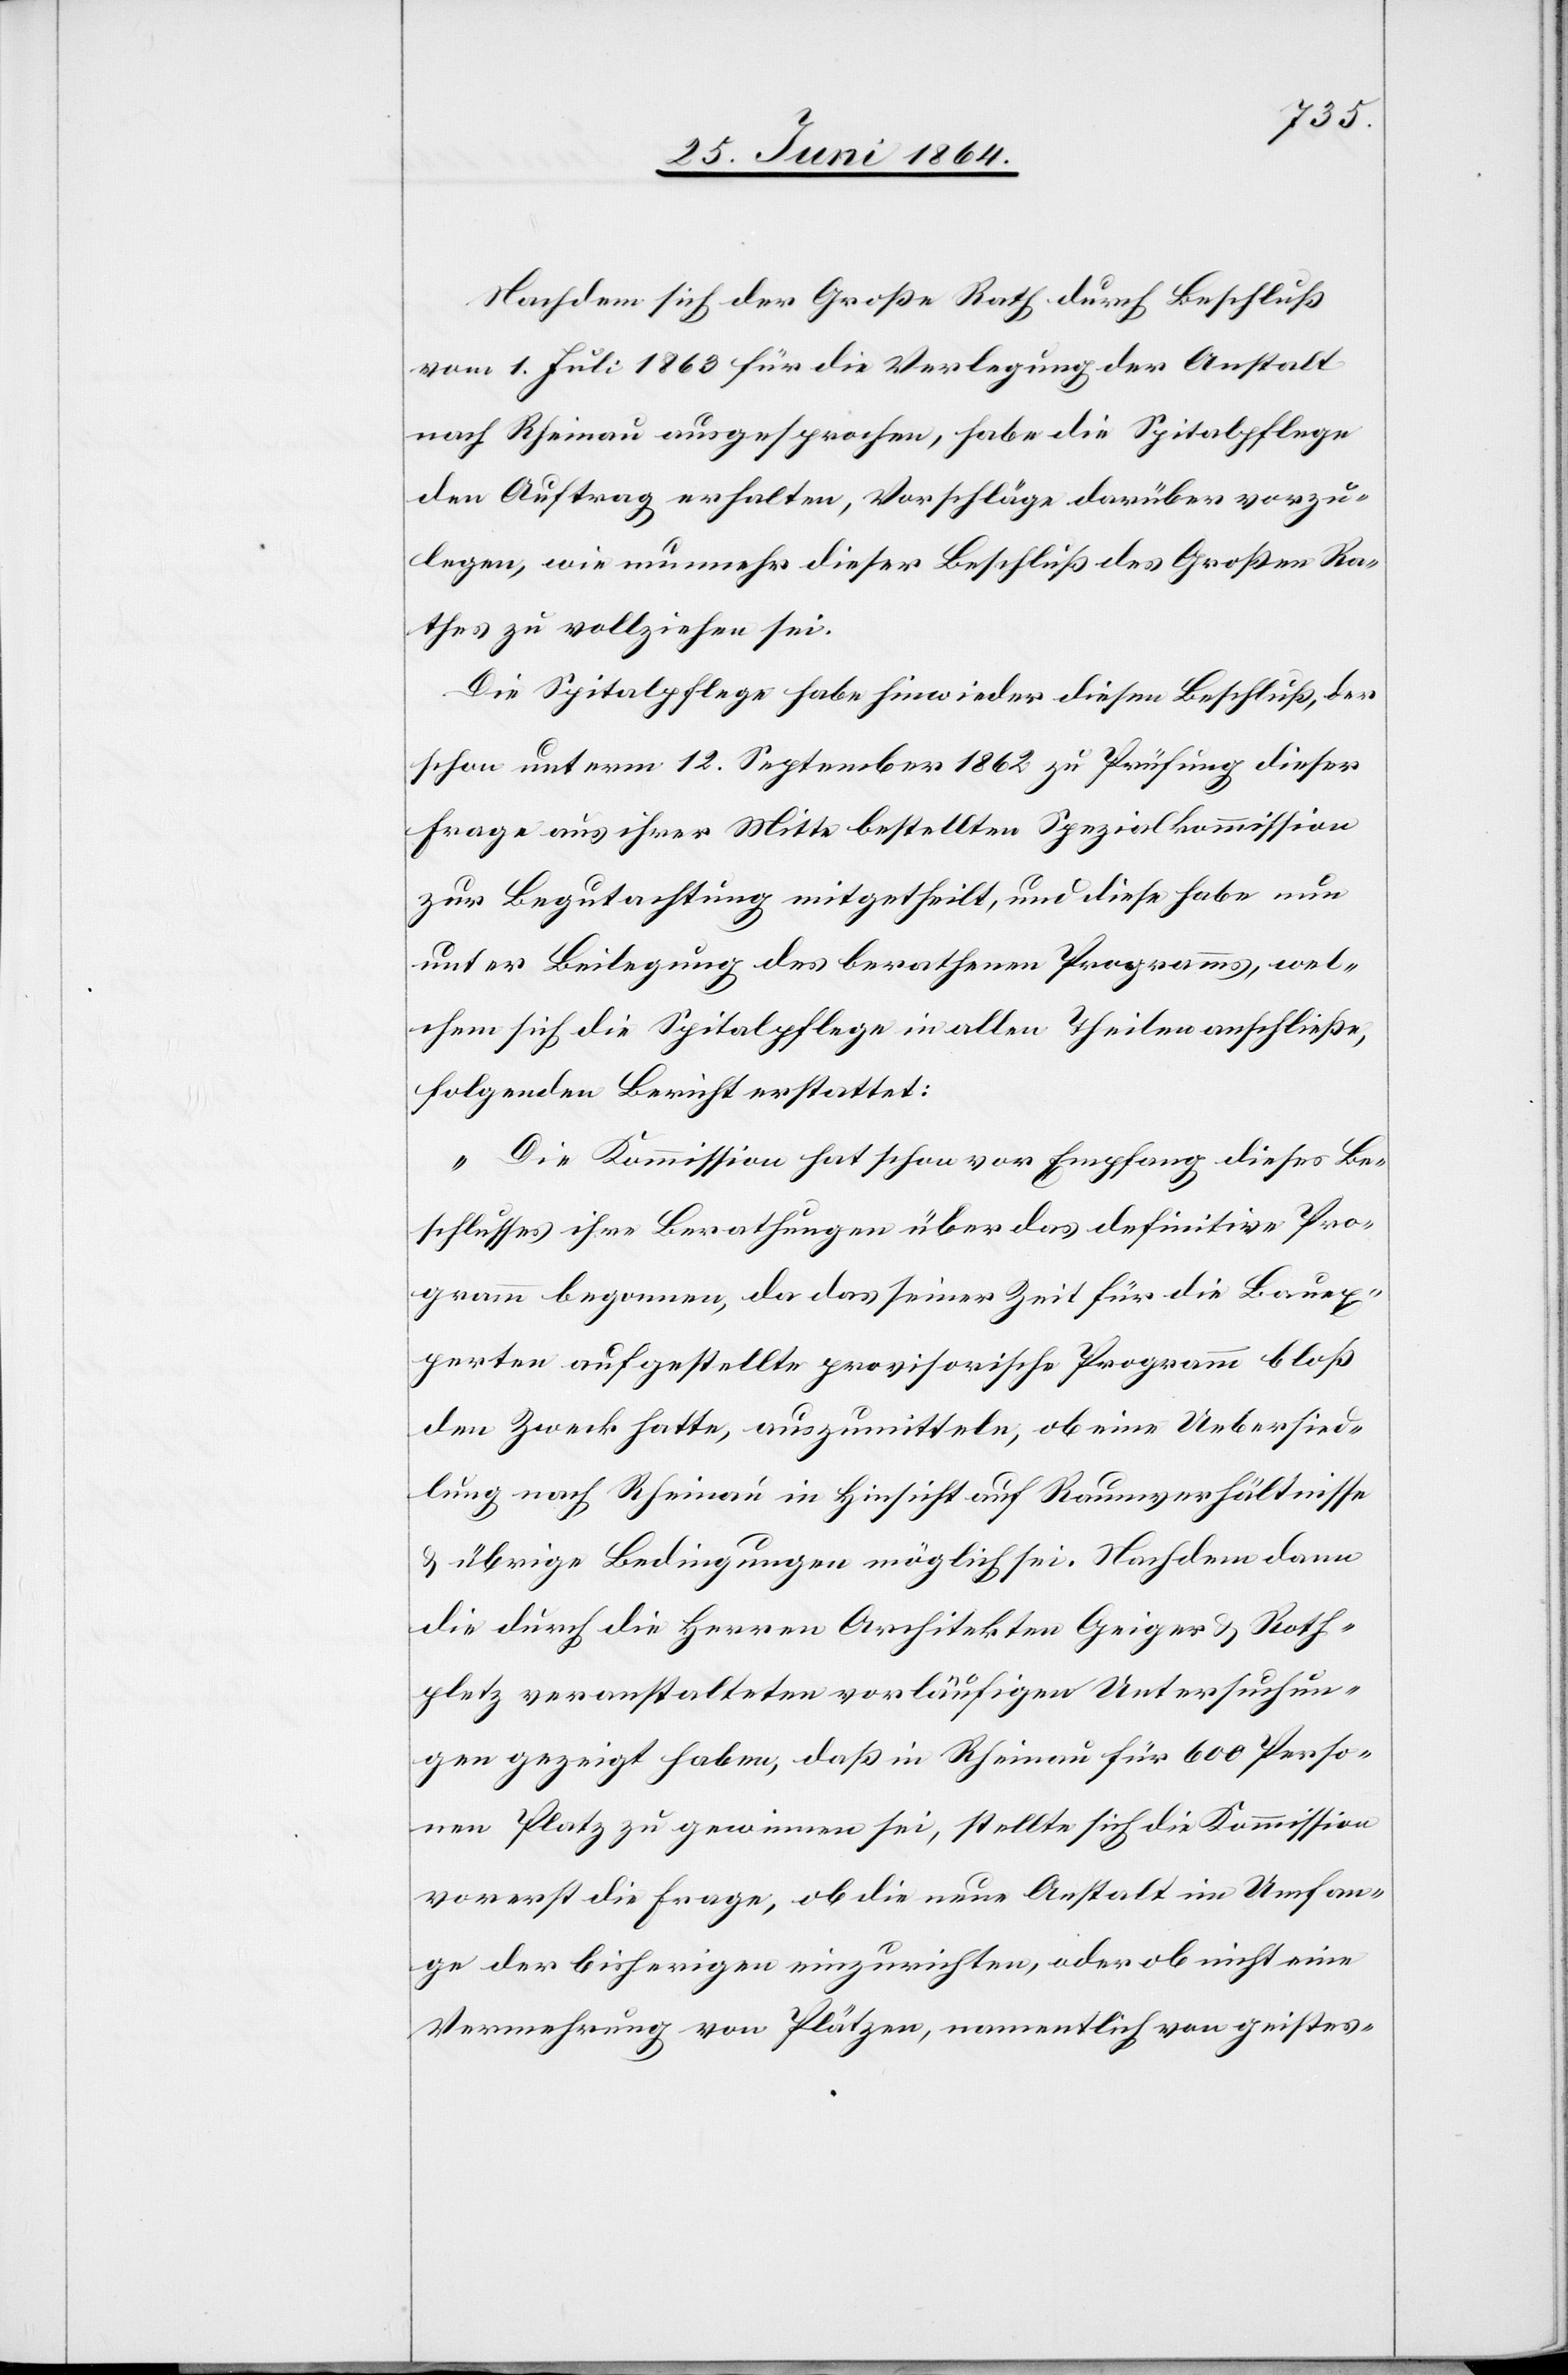
Nachdem sich der Große Rath durch Beschluß
vom 1. Juli 1863 für die Verlegung der Anstalt
nach Rheinau ausgesprochen, habe die Spitalpflege
den Auftrag erhalten, Vorschläge darüber vorzu¬
legen, wie nunmehr dieser Beschluß des Großen Ra¬
thes zu vollziehen sei.
Die Spitalpflege habe hinwieder diesen Beschluß, der
schon unterm 12. September 1862 zu Prüfung dieser
Frage aus ihrer Mitte bestellten Spezialkommission
zur Begutachtung mitgetheilt, und diese habe nun
unter Beilegung des berathenen Programms, wel¬
chem sich die Spitalpflege in allen Theilen anschließe,
folgenden Bericht erstattet:
„Die Kommission hat schon vor Empfang dieses Be¬
schlusses ihre Berathungen über das definitive Pro¬
gramm begonnen, da das seiner Zeit für die Bauex¬
perten aufgestellte provisorische Programm bloß
den Zweck hatte, auszumitteln, ob eine Uebersied¬
lung nach Rheinau in Hinsicht auf Raumverhältnisse
u. übrige Bedingungen möglich sei. Nachdem dann
die durch die Herren Architekten Geiger u. Roth¬
pletz veranstalteten vorläufigen Untersuchun¬
gen gezeigt haben, daß in Rheinau für 600 Perso¬
nen Platz zu gewinnen sei, stellte sich die Kommission
vorerst die Frage, ob die neue Anstalt im Umfan¬
ge der bisherigen einzurichten, oder ob nicht eine
Vermehrung von Plätzen, namentlich von geistes-